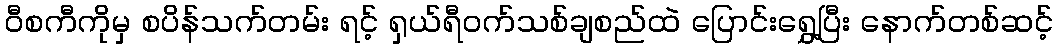
ဝီစကီကိုမှ စပိန်သက်တမ်း ရင့် ရှယ်ရီဝက်သစ်ချစည်ထဲ ပြောင်းရွှေ့ပြီး နောက်တစ်ဆင့်